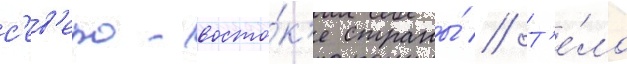
с'ев'еро-восто́к'е страны́ // Т'е́ло